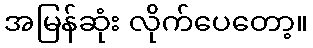
အမြန်ဆုံး လိုက်ပေတော့။